38_143685_box_Incident_Summaries_101-172
Agency: Department of War
Page 131
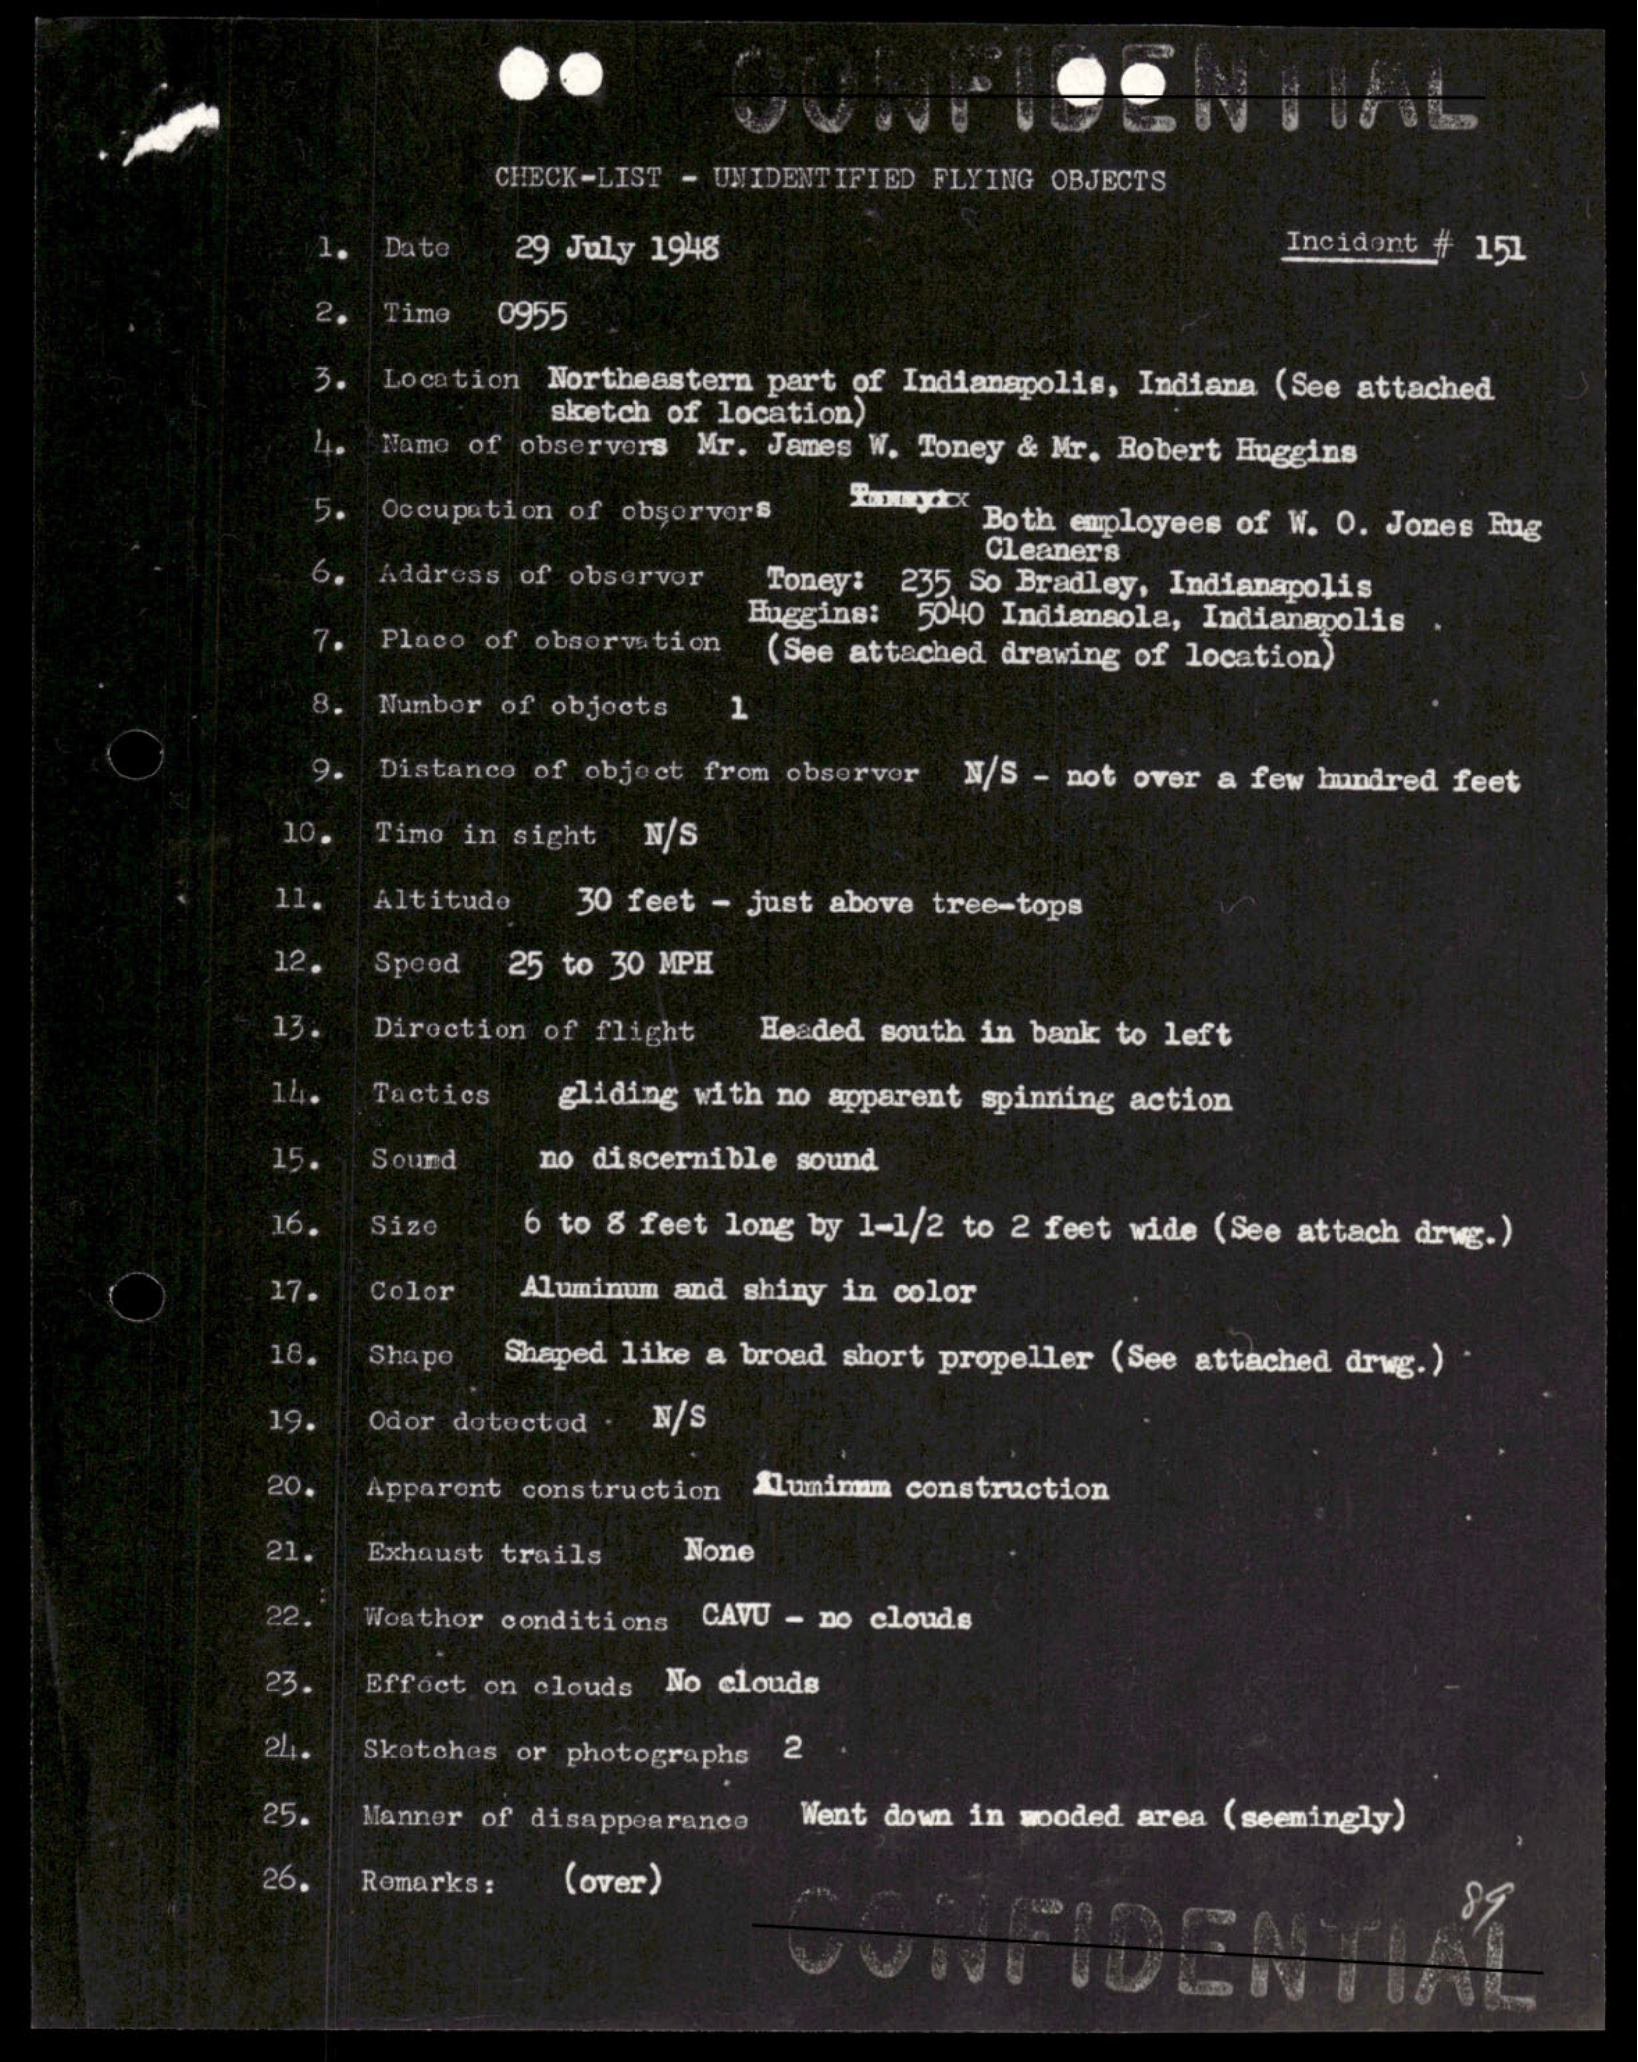